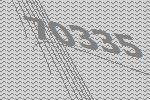
70335